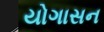
યોગાસન